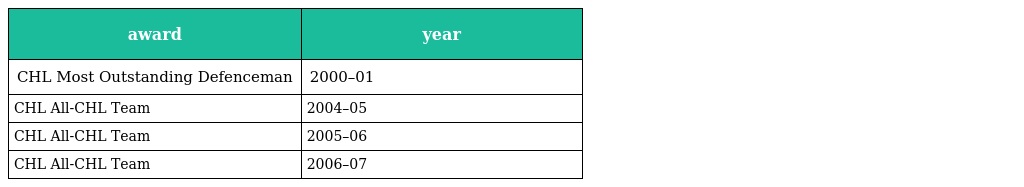
| award | year |
 | --- | --- |
 | CHL Most Outstanding Defenceman | 2000–01 |
 | CHL All-CHL Team | 2004–05 |
 | CHL All-CHL Team | 2005–06 |
 | CHL All-CHL Team | 2006–07 |